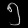
Digit: ၅